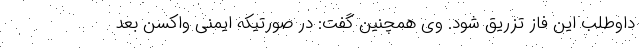
داوطلب این فاز تزریق شود. وی همچنین گفت: در صورتیکه ایمنی واکسن بعد